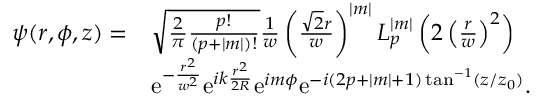
\begin{array} { r l } { \psi ( r , \phi , z ) = } & { \sqrt { \frac { 2 } { \pi } \frac { p ! } { ( p + | m | ) ! } } \frac { 1 } { w } \left( \frac { \sqrt { 2 } r } { w } \right) ^ { | m | } L _ { p } ^ { | m | } \left( 2 \left( \frac { r } { w } \right) ^ { 2 } \right) } \\ & { \mathrm { e } ^ { - \frac { r ^ { 2 } } { w ^ { 2 } } } \mathrm { e } ^ { i k \frac { r ^ { 2 } } { 2 R } } \mathrm { e } ^ { i m \phi } \mathrm { e } ^ { - i ( 2 p + | m | + 1 ) \tan ^ { - 1 } ( z / z _ { 0 } ) } . } \end{array}